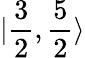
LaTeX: |\frac{3}{2},\frac{5}{2}\rangle